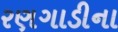
રણગાડીના